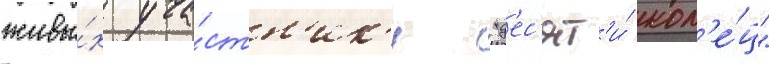
живы́х уча́стн'ик'и "д'ес'ят'и́ кол'е́ц"